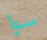
سوا